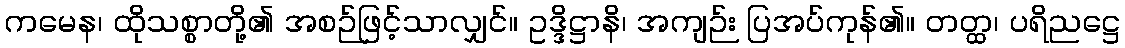
ကမေန၊ ထိုသစ္စာတို့၏ အစဉ်ဖြင့်သာလျှင်။ ဥဒ္ဒိဋ္ဌာနိ၊ အကျဉ်း ပြအပ်ကုန်၏။ တတ္ထ၊ ပရိညဋ္ဌေ